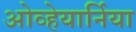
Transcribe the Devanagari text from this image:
ओव्हेयार्निया